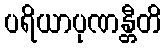
ပရိယာပုဏန္တီတိ